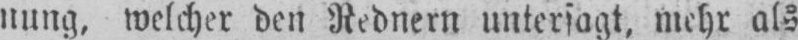
nung, welcher den Rednern untersagt, mehr als